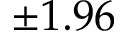
\pm 1 . 9 6